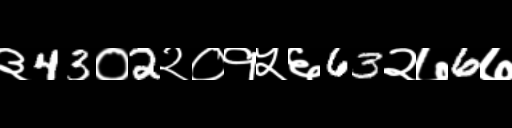
Text: ३43०2२०१५६63२७6७